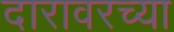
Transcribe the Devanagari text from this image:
दारावरच्या